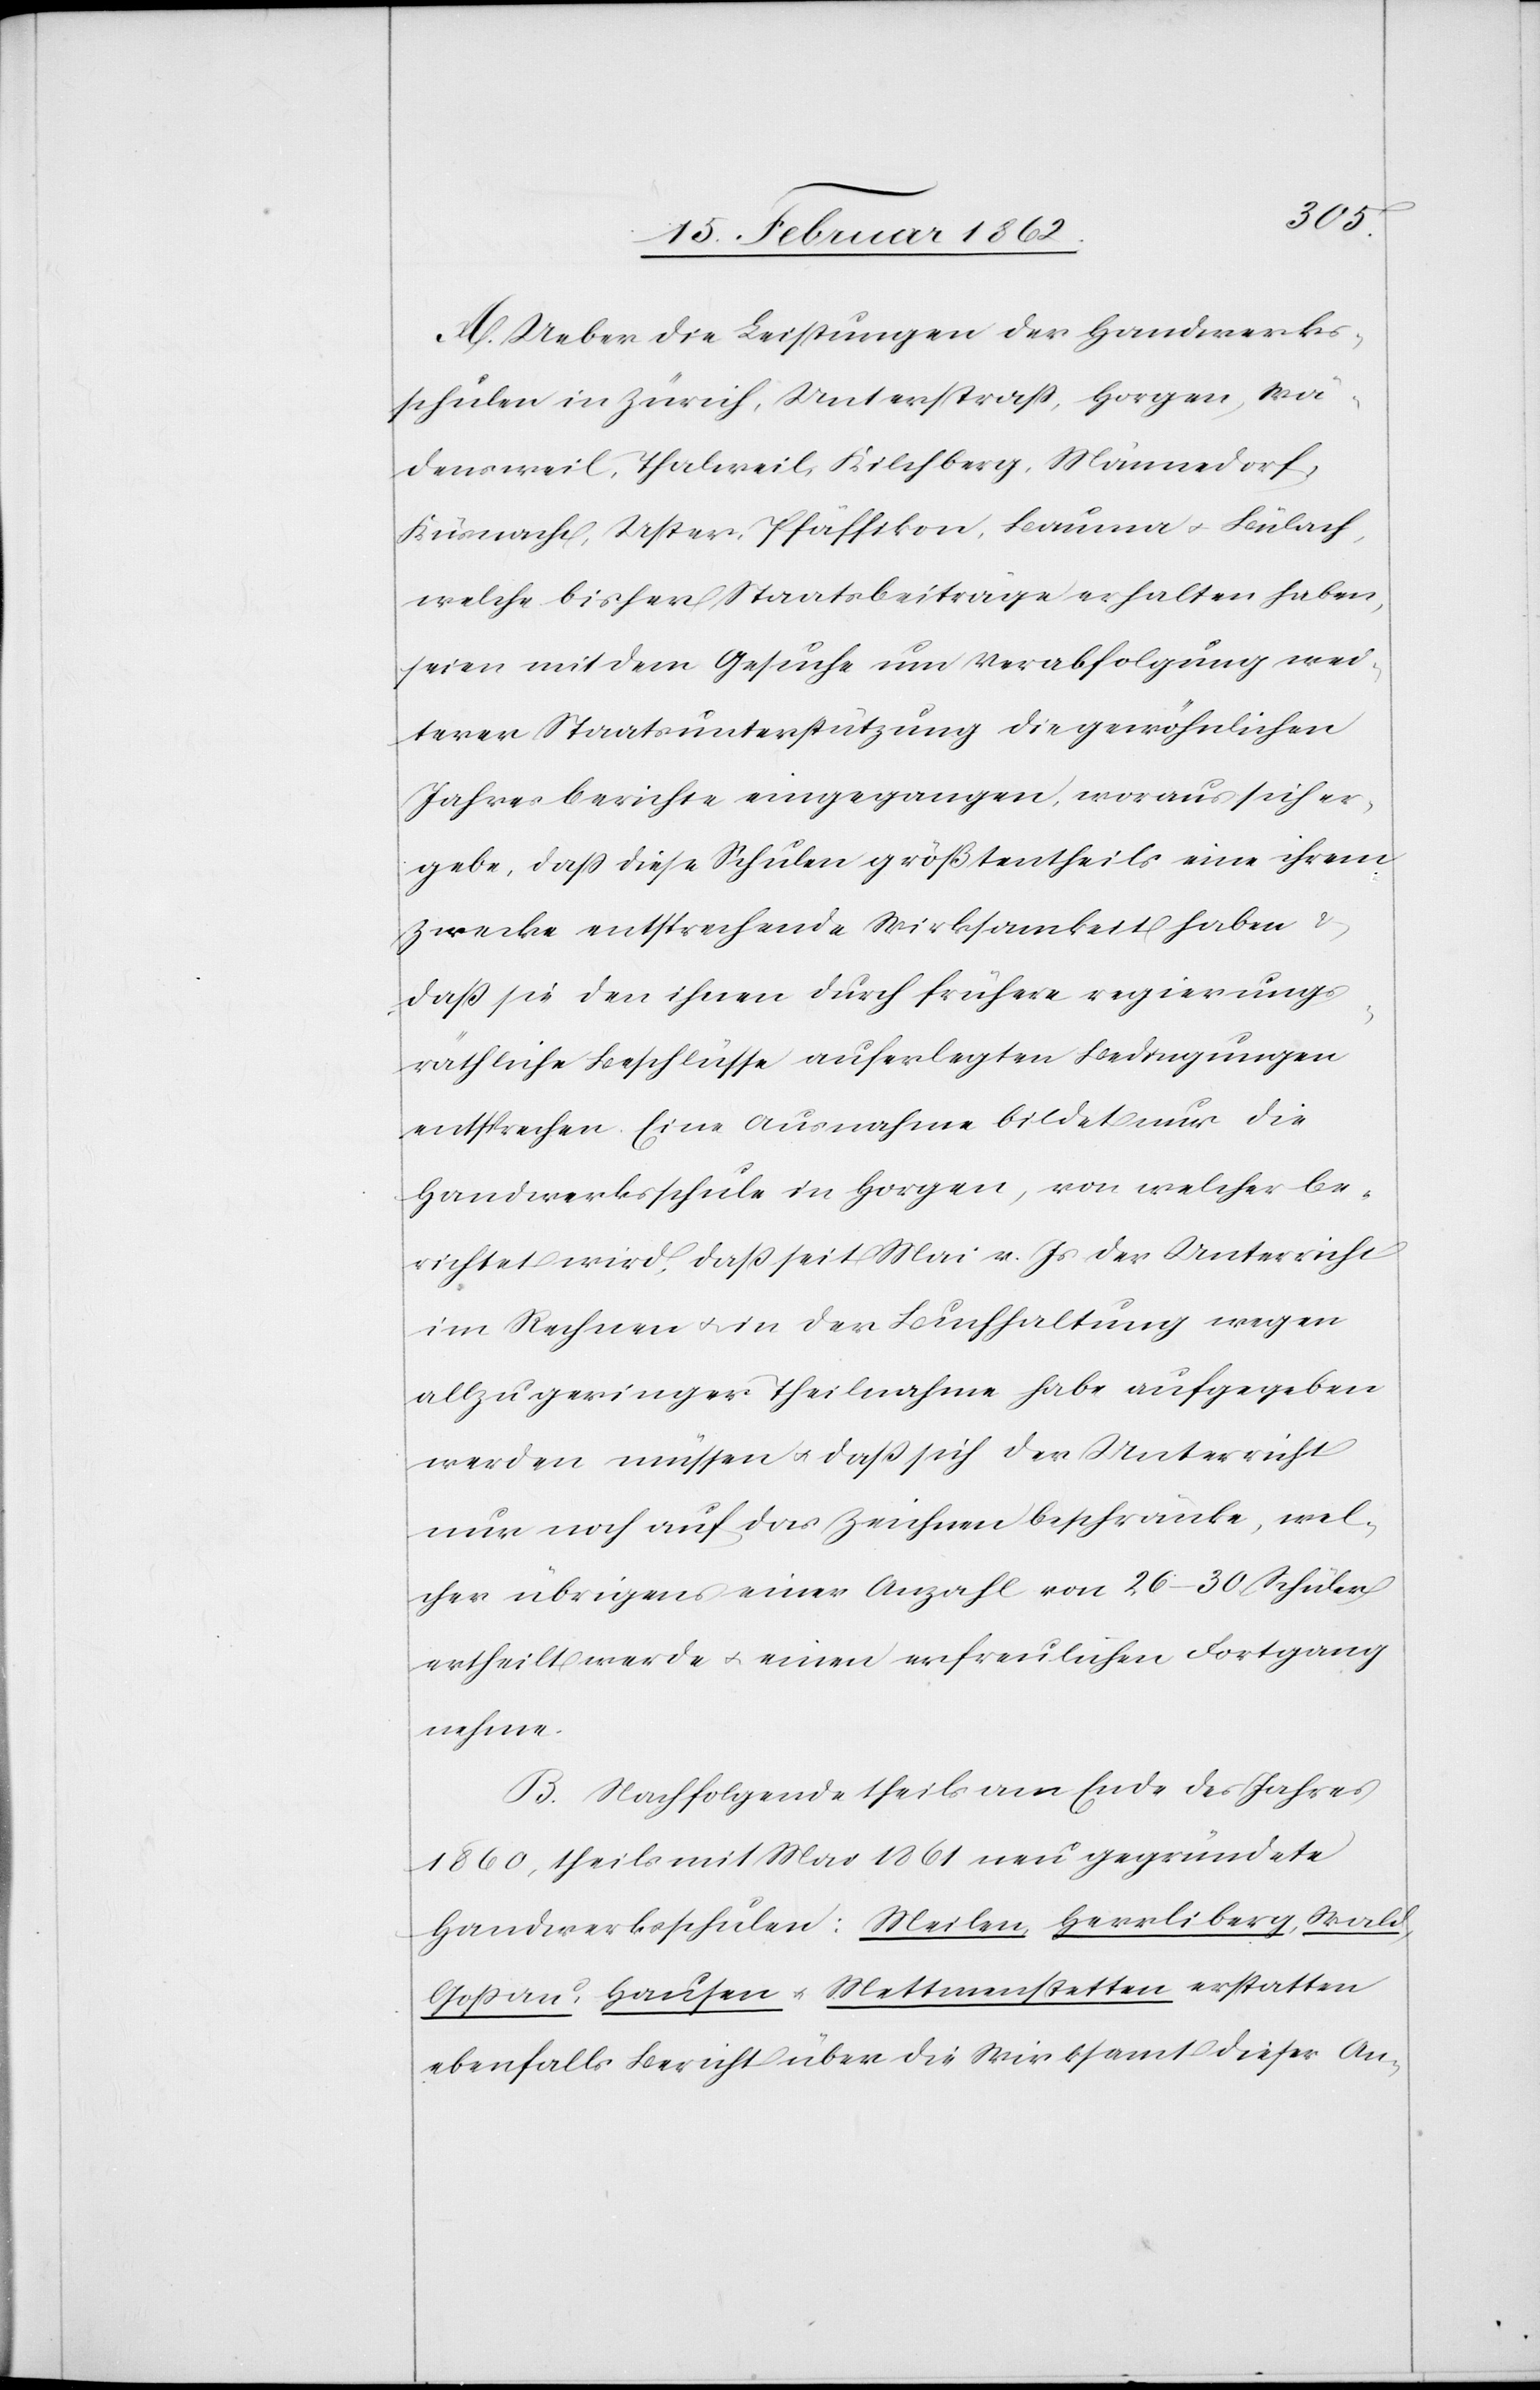
A. Ueber die Leistungen der Handwerks¬
schulen in Zürich, Unterstraß, Horgen, Wä¬
densweil, Thalweil, Kilchberg, Männedorf,
Küsnacht, Uster, Pfäffikon, Bauma u. Bülach,
welche bisher Staatsbeiträge erhalten haben,
seien mit dem Gesuche um Verabfolgung wei¬
terer Staatsunterstützung die gewöhnlichen
Jahresberichte eingegangen, woraus sich er¬
gebe, daß diese Schulen größtentheils eine ihrem
Zwecke entsprechende Wirksamkeit haben u.
daß sie den ihnen durch frühere regierungs¬
räthliche Beschlüsse auferlegten Bedingungen
entsprechen. Eine Ausnahme bildet nur die
Handwerksschule in Horgen, von welcher be¬
richtet wird, daß seit Mai v. Js. der Unterricht
im Rechnen u. in der Buchhaltung wegen
allzu geringer Theilnahme habe aufgegeben
werden müssen u. daß sich der Unterricht
nur noch auf das Zeichnen beschränke, wel¬
cher übrigens einer Anzahl von 26–30 Schüler
ertheilt werde u. einen erfreulichen Fortgang
nehme.
B. Nachfolgende theils am Ende des Jahres
1860, theils mit Mai 1861 neue gegründete
Handwerksschulen: Meilen, Herrliberg, Wald,
Goßau, Hausen u. Mettmenstetten erstatten
ebenfalls Bericht über die Wirksamkeit dieser An-